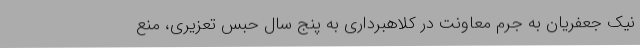
نیک جعفریان به جرم معاونت در کلاهبرداری به پنج سال حبس تعزیری، منع